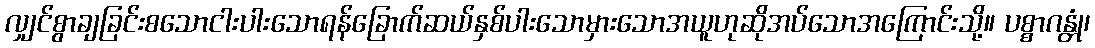
လျှင်စွာချခြင်းစသောငါးပါးသောရန်ခြောက်ဆယ်နှစ်ပါးသောမှားသောအယူဟုဆိုအပ်သောအကြောင်းသို့။ ပစ္စာဂန္တုံ၊